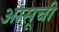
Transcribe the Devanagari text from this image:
आसूची